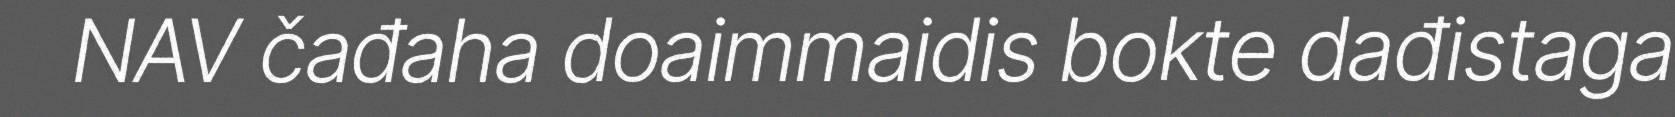
NAV čađaha doaimmaidis bokte dađistaga